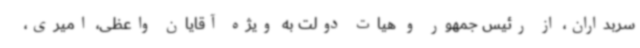
سربداران، از رئیس جمهور و هیات دولت به ویژه آقایان واعظی، امیری،